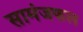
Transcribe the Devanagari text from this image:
सामंजफल